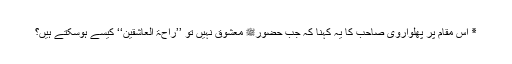
٭ اس مقام پر پھلواروی صاحب کا یہ کہنا کہ جب حضورﷺ معشوق نہیں تو ’’راحۃ العاشقین‘‘ کیسے ہوسکتے ہیں؟